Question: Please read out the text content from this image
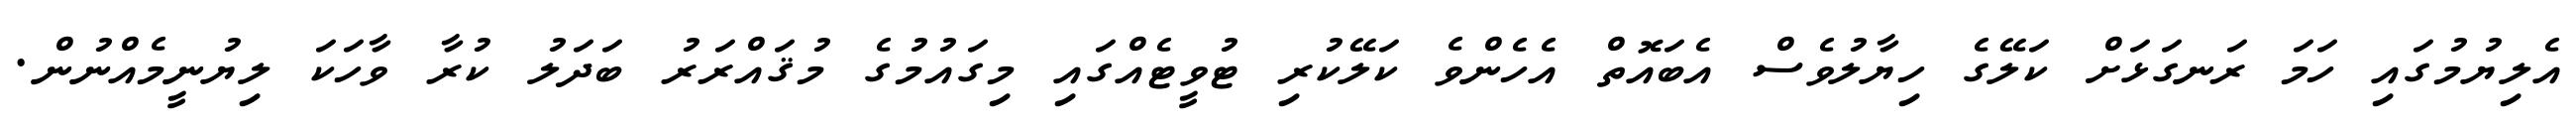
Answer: އެލިޔުމުގައި ހަމަ ރަނގަޅަށް ކަލޭގެ ހިޔާލުވެސް އެބައޮތް އެހެންވެ ކަލޭކުރި ޓުވީޓެއްގައި މިގައުމުގެ މުޤައްރަރު ބަދަލު ކުރާ ވާހަކަ ލިޔުނީމެއްނުން.